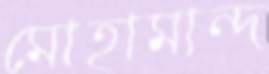
মোহামান্দ